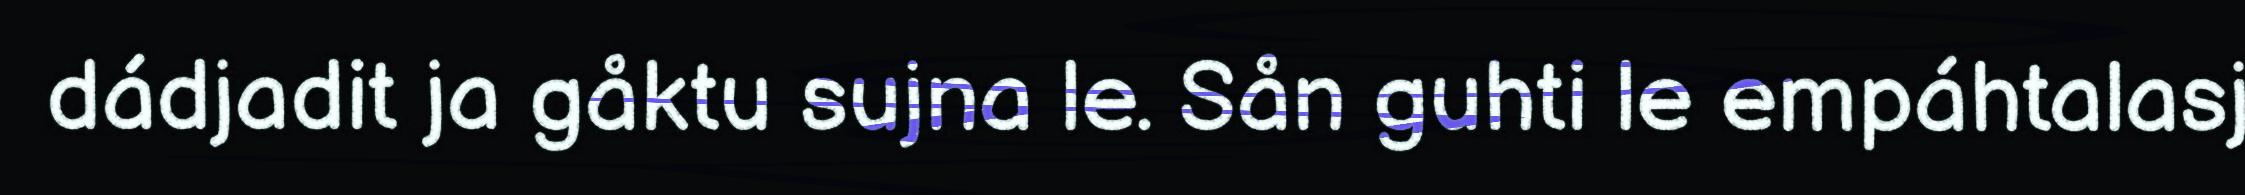
dádjadit ja gåktu sujna le. Sån guhti le empáhtalasj